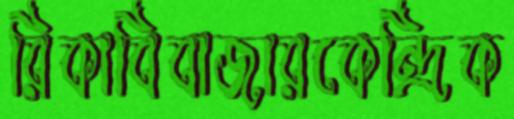
রিকাবিবাজারকেন্দ্রিক